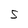
Character: S